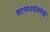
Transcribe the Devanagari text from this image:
शासनयंत्रणेची